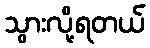
သွားလို့ရတယ်